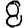
Digit: 8